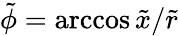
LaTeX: \tilde{\phi}=\operatorname{arccos}{\tilde{x}/\tilde{r}}